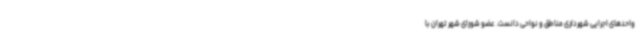
واحدهای اجرایی شهرداری مناطق و نواحی دانست. عضو شورای شهر تهران با